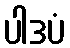
ပါဒပံ